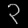
Digit: ၃